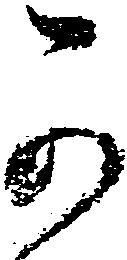
可